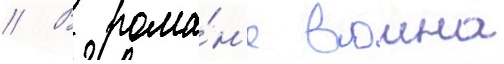
// В рома́н'е воина